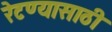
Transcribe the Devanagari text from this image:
रेटण्यासाठी